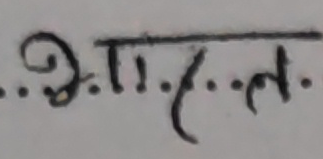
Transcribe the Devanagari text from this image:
अगाचल